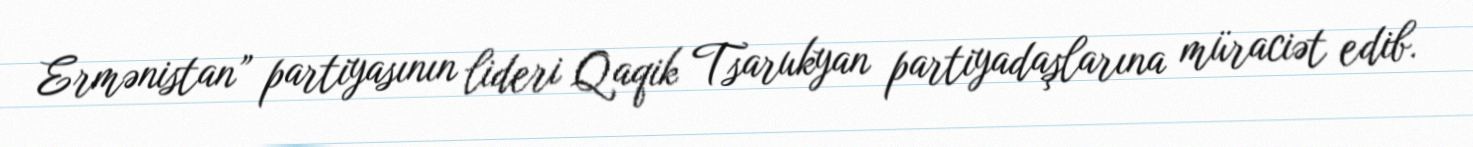
Ermənistan” partiyasının lideri Qaqik Tsarukyan partiyadaşlarına müraciət edib.